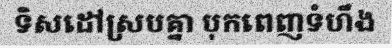
ទិសដៅស្របគ្នា បុកពេញទំហឹង